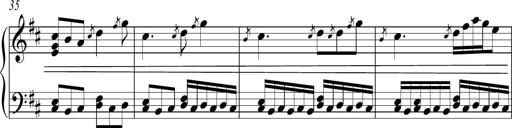
Title: Sonatina no. 2
Composer: Brian Henderson-Sellers
Key: G major